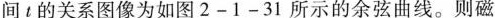
间t的关系图像为如图2-1-31所示的余弦曲线。则磁